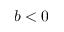
b < 0